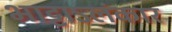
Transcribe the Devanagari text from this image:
भाट्टाऽलंकार